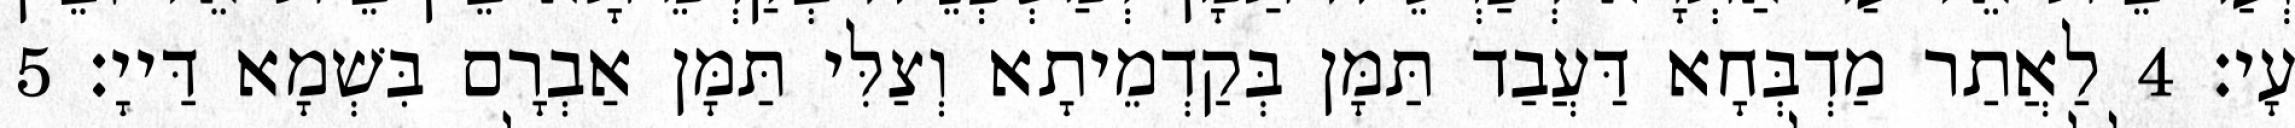
עָי׃ 4 לַאֲתַר מַדְבְּחָא דַּעֲבַד תַּמָּן בְּקַדְמֵיתָא וְצַלִּי תַּמָּן אַבְרָם בִּשְׁמָא דַּייָ׃ 5